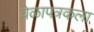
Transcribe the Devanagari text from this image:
वेळापत्रकला